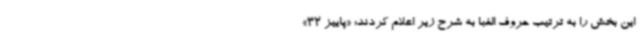
این بخش را به ترتیب حروف الفبا به شرح زیر اعلام کردند: «پاییز 32»